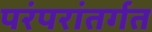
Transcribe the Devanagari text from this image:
परंपरांतर्गत